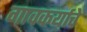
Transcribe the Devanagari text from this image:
गावकर्याचे